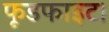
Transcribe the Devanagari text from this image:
फूडफाइट।